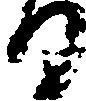
る